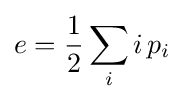
e={\frac {1}{2}}\sum _{i}i\,p_{i}